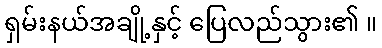
ရှမ်းနယ်အချို့နှင့် ပြေလည်သွား၏ ။